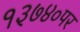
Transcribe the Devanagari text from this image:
१३७४०पर